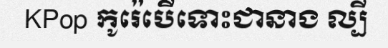
KPop កូរ៉េបើទោះជានាង ល្បី